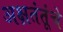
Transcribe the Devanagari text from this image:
अक्षतंतूंचे